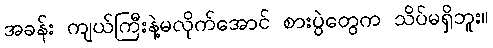
အခန်း ကျယ်ကြီးနဲ့မလိုက်အောင် စားပွဲတွေက သိပ်မရှိဘူး။